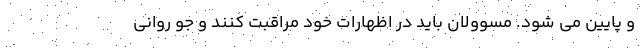
و پایین می شود. مسوولان باید در اظهارات خود مراقبت کنند و جو روانی